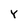
Character: Y